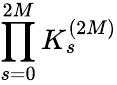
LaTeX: \displaystyle\prod_{s=0}^{2M}K_{s}^{(2M)}